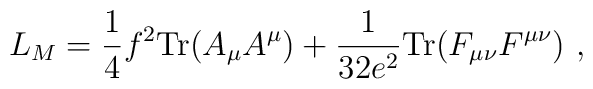
L_M = \frac{1}{4} f^2 {\rm Tr} (A_\mu A^\mu)    +\frac{1}{32e^2} {\rm Tr} (F_{\mu\nu} F^{\mu\nu})\ ,